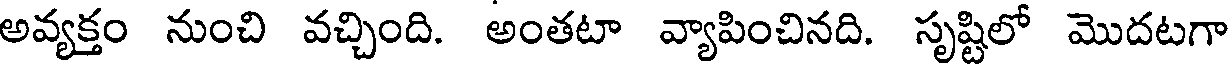
అవ్యక్తం నుంచి వచ్చింది. అంతటా వ్యాపించినది. సృష్టిలో మొదటగా